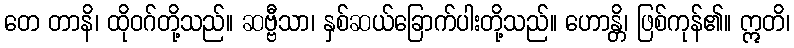
တေ တာနိ၊ ထိုဝဂ်တို့သည်။ ဆဗ္ဗီသာ၊ နှစ်ဆယ်ခြောက်ပါးတို့သည်။ ဟောန္တိ၊ ဖြစ်ကုန်၏။ ဣတိ၊